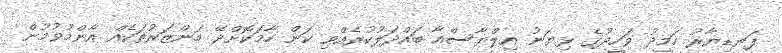
ފަނޑިޔާރު ހަމީދު ވަހީދުގެ ޅިޔަނު އިލްޔާސްއާ ބައްދަލުކުރެއްވި ކަން ހާމަކޮށްދޭ މަންޒަރުތަކެއް އާންމުވުމުން